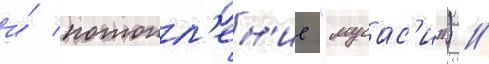
и́ потопл'ен'ие "мусас'и") //